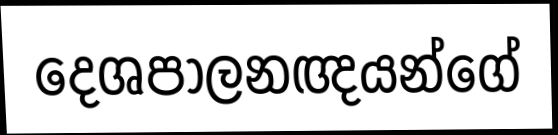
දෙශපාලනඥයන්ගේ